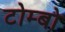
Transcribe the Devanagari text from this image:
टोम्बो